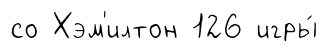
со Хэм'илтон 126 игры́